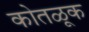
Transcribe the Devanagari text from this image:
कोतळूक